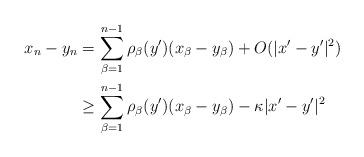
LaTeX: \begin{align*}\begin{aligned}x_n - y_n = \,& \sum_{\beta = 1}^{n-1}\rho_\beta (y') (x_\beta - y_\beta) + O (|x'-y'|^2)\\ \geq \,& \sum_{\beta = 1}^{n-1}\rho_\beta (y') (x_\beta - y_\beta) - \kappa |x'-y'|^2\end{aligned}\end{align*}